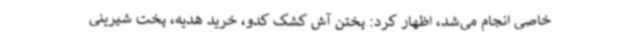
خاصی انجام می‌شد، اظهار کرد: پختن آش کشک کدو، خرید هدیه، پخت شیرینی